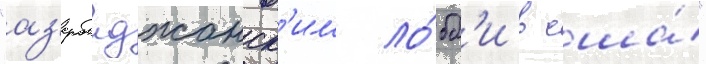
"аз'ербаиджанск'им ло́бб'и в сша́"